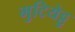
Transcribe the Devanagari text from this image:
मुटियेट्टु